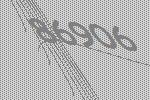
86906